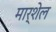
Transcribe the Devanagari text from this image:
मार्शेल